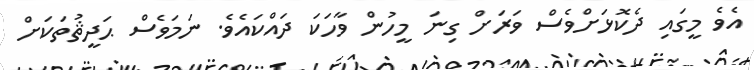
އެވެ މީގައި ދެކޮޅަށްވެސް ވަރަށް ގިނަ މީހުން ވާހަކަ ދައްކައެވެ. ނަމަވެސް ޙަދީޘުތަކަށް